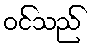
ဝင်သည်